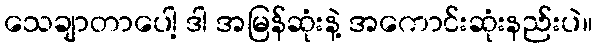
သေချာတာပေါ့ ဒါ အမြန်ဆုံးနဲ့ အကောင်းဆုံးနည်းပဲ။